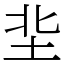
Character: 㘳